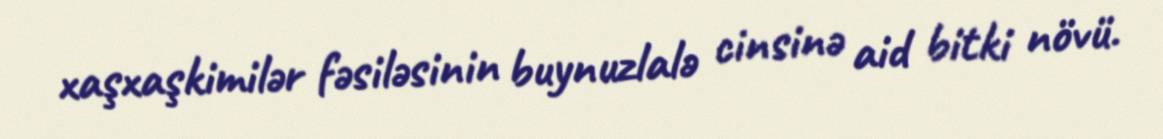
xaşxaşkimilər fəsiləsinin buynuzlalə cinsinə aid bitki növü.